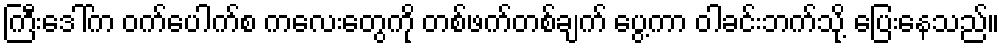
ကြီးဒေါ်က ဝက်ပေါက်စ ကလေးတွေကို တစ်ဖက်တစ်ချက် ပွေ့ကာ ဝါခင်းဘက်သို့ ပြေးနေသည်။